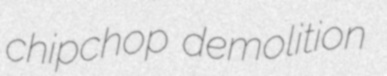
chipchop demolition